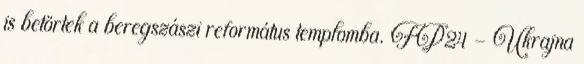
is betörtek a beregszászi református templomba. FP24 - Ukrajna